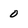
Character: 0